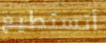
أتستطيع